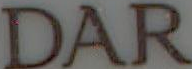
DAR